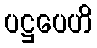
ပဋ္ဌပေဟိ